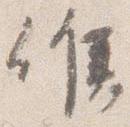
候